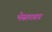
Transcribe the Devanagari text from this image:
भेस्तरवार